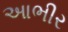
આભીર